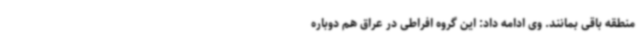
منطقه باقی بمانند. وی ادامه داد: این گروه افراطی در عراق هم دوباره